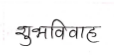
मजकूर: शुभविवाह